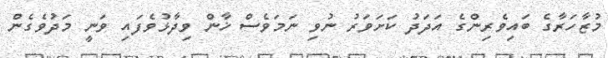
މުޒާހަރާގެ ބައިވެރިންގެ އަދަދު ކަށަވަރު ނުވި ނަމަވެސް ޚާން ވިދާޅުވެފައިި ވަނީ މަދުވެގެން